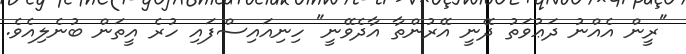
"ރީން އެއްނު ދަޢުވަތު ދޭނީ އޭރުންތާ އާދެވޭނީ" ހިނިއައިސްފައި ހުރެ އީތަން ބުނެލިއެވެ.